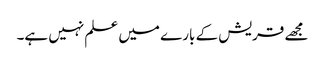
مجھے قریش کے بارے میں علم نہیں ہے۔